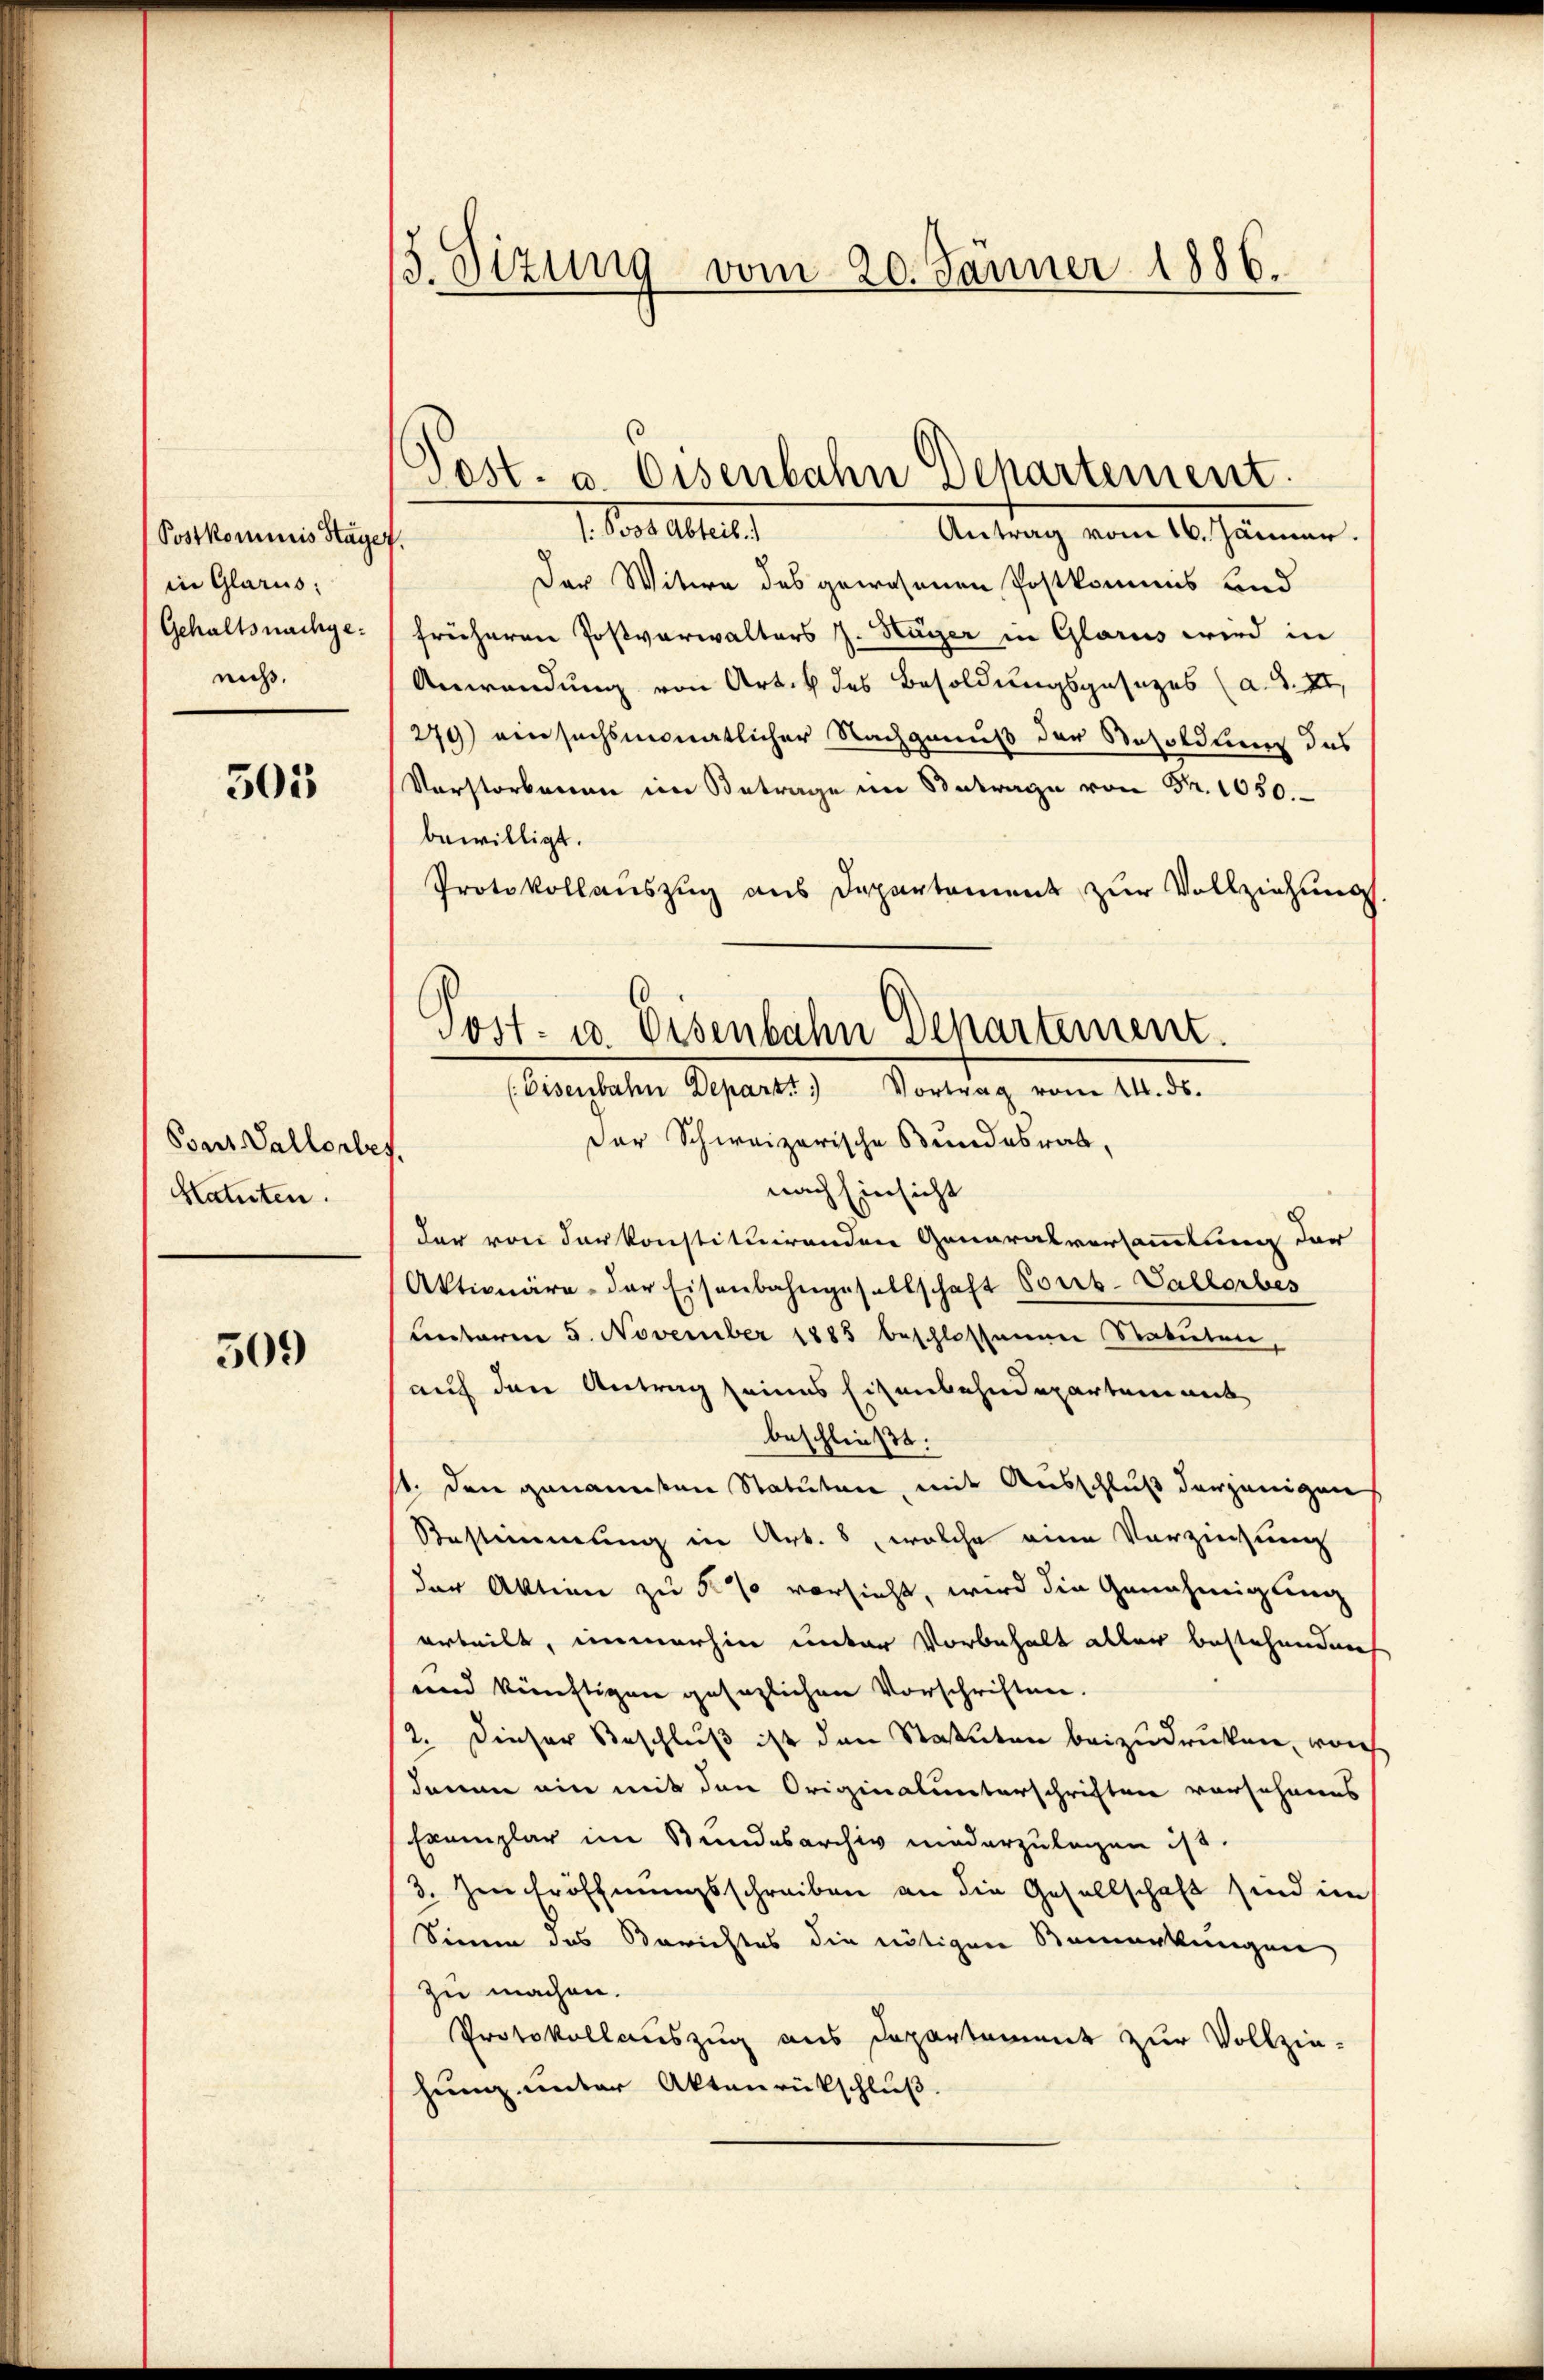
Postkommis Hage
in Glarus:
Gehaltsnachgenicht.

505

Psart Vallorbe
Htatuten.

509

/3. Sitzung vom 20. Jänner 1886.

1. an Alter
Antrag vom 16. Jänner.
Der Witwe des gewesenen Postkommis und
früheren Postverwalters J. Häger in Glarus wird in
Anwendung von Art. 4 des Besoldungsgesezes (a. S. XII,
279) ein suchsmonatlicher Nachgenuß der Besoldung des
Verstorbenen im Betrage im Betrage von Fr. 1050.
bewilligt.
Protokollauszug aus Departement zur Vollziehung
Der Schweizerische Bundesrat,
.
nach Einsicht
der von der konstituirenden Generalversammlung der
Aktionäre der Eisenbahngesellschaft Vorrb-Vallorbes
unterm 5. November 1885 beschlossenen Statuten,
auf den Antrag seines Eisenbahndepartement
beschließt:
11. den genannten Statuten, mit Ausschluß derjenigen
Bestimmung in Art. 8, welche eine Vorzinsung
der Aktion zu 5 % vorsieht, wird die Genehmigung
arbeilt, immerhin unter Vorbehalt aller bestehendes
und künftigen gesezlichen Vorschriften.
2. Dieser Beschluß ist den Statuten beizudrucken, wor
denen ein mit den Originalunterschriften vorsehnens
Exemplar im Bundesarchiv niederzulegen ist.
3. Im Eröffnungsschreiben an die Gesellschaft sind im
Sinne des Berichtes die nötigen Bemerkungen,
zu machen.
Protokollauszug aus Departement zur Vollzie-
hung unter Aktenrückschluß.

Post. v. Eisenbahn Departement

Post- u. Eisenbahn Departement.
(Eisenbahn Deparat Vortrag vom 14. ds.